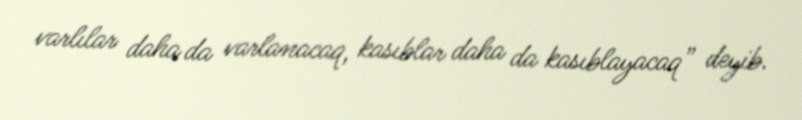
varlılar daha da varlanacaq, kasıblar daha da kasıblayacaq” deyib.